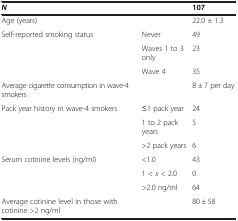
| N |  | 107 |
 | --- | --- | --- |
 | Age (years) |  | 22.0 ± 1.3 |
 | Self-reported smoking status | Never | 49 |
 |  | Waves 1 to 3 only | 23 |
 |  | Wave 4 | 35 |
 | Average cigarette consumption in wave-4 smokers |  | 8 ± 7 per day |
 | Pack year history in wave-4 smokers | ≤1 pack year | 24 |
 |  | 1 to 2 pack years | 5 |
 |  | >2 pack years | 6 |
 | Serum cotinine levels (ng/ml) | <1.0 | 43 |
 |  | 1 <x < 2.0 | 0 |
 |  | >2.0 ng/ml | 64 |
 | Average cotinine level in those with cotinine >2 ng/ml |  | 80 ± 58 |